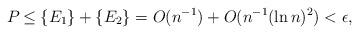
LaTeX: \begin{align*}P_{}\leq \{E_1\}+\{E_2\}=O(n^{-1})+O(n^{-1}(\ln n)^2)< \epsilon, \end{align*}